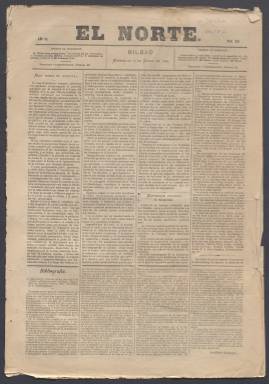
Título: El Norte (Bilbao. 1881)
Colección: Periódicos
Ámbito geográfico: Vizcaya
Lugar de publicación: Bilbao
Fechas: 17/01/1883-20/03/1888